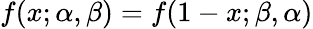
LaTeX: f(x;\alpha,\beta)=f(1-x;\beta,\alpha)